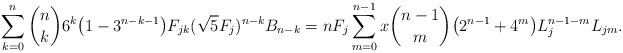
\begin{align*}\sum_{k=0}^{n} {n\choose k} 6^k \big (1- 3^{n-k-1} \big ) F_{jk} (\sqrt{5}F_j)^{n-k}B_{n-k}= n F_j \sum_{m=0}^{n-1}x {n-1\choose m} \big ( 2^{n-1} + 4^m \big )L_j^{n-1-m}L_{jm}.\end{align*}